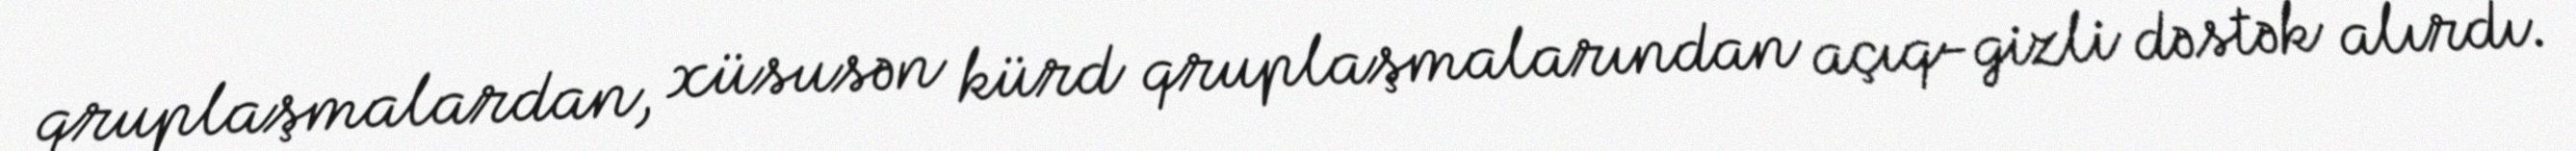
qruplaşmalardan, xüsusən kürd qruplaşmalarından açıq-gizli dəstək alırdı.